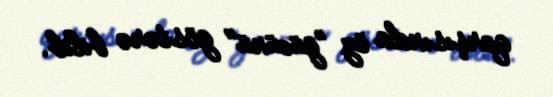
qarşısında öz ”gücünü" göstərə bilib.